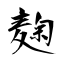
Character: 麹